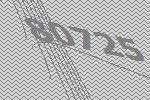
80725